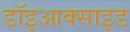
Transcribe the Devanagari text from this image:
डॉइआक्साइड